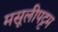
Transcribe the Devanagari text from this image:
मसूलीपट्टम